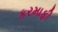
કરમાફી